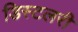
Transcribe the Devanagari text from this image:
डिस्टलरी